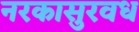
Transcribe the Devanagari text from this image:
नरकासुरवध